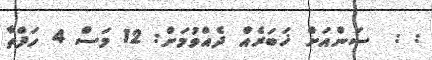
: :  ސަންއަށް ޚަބަރެއް ދެއްވުމަށް: 12 މަސް 4 ހަފްތާ